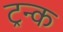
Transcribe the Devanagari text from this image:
ट्रन्क